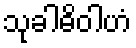
သုခါဓိဝါဟံ